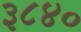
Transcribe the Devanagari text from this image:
३८४०